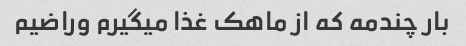
بار چندمه که از ماهک غذا میگیرم وراضیم